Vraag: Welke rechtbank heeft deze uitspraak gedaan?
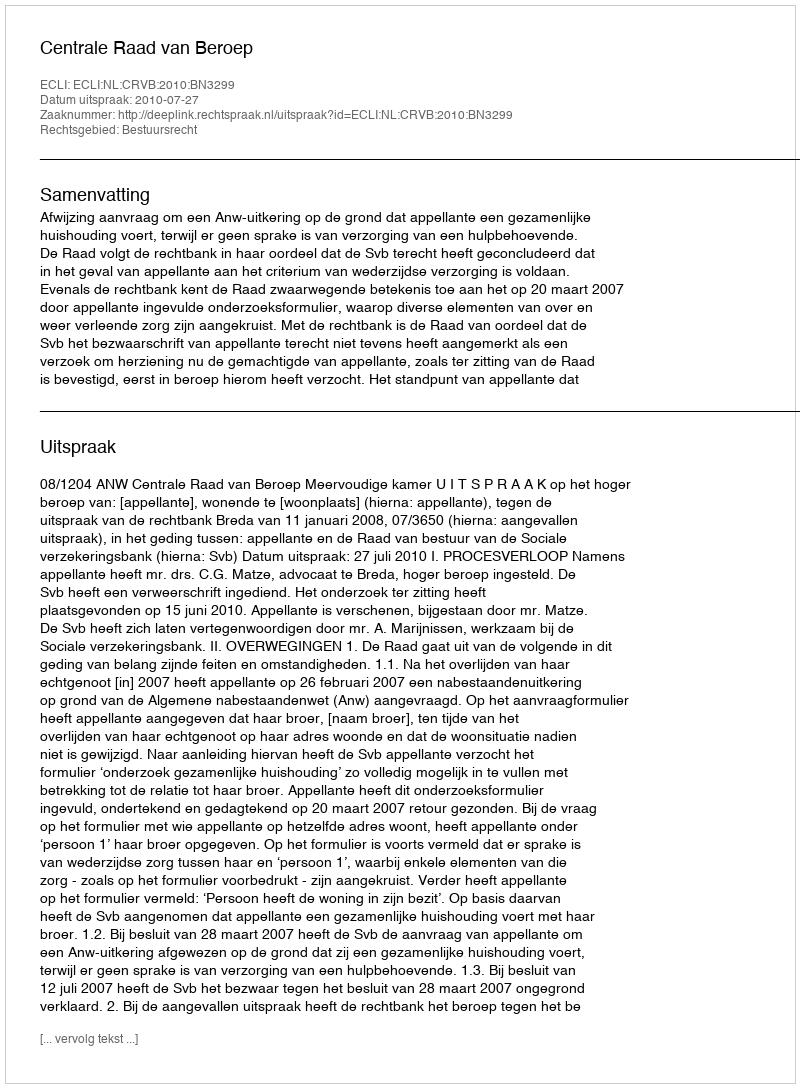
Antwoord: Centrale Raad van Beroep